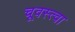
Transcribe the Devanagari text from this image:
चूवस्त्वा